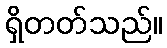
ရှိတတ်သည်။